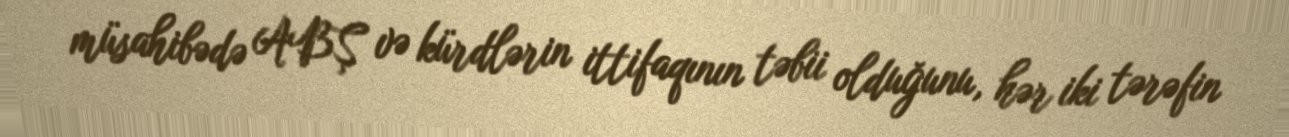
müsahibədə ABŞ və kürdlərin ittifaqının təbii olduğunu, hər iki tərəfin